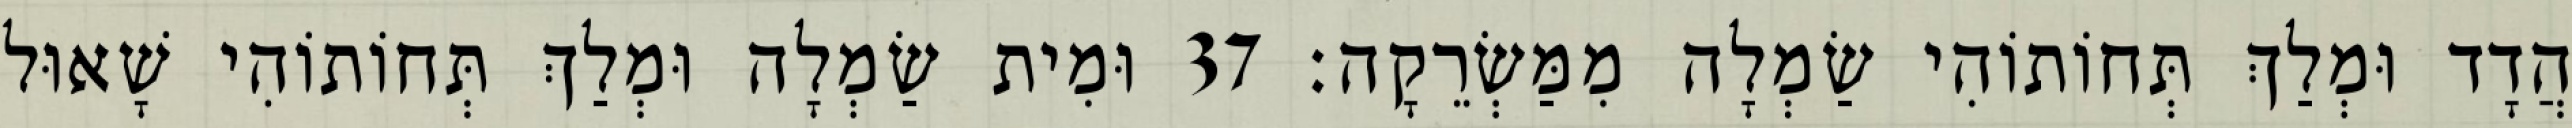
הֲדָד וּמְלַךְ תְּחוֹתוֹהִי שַׂמְלָה מִמַּשְׂרֵקָה׃ 37 וּמִית שַׂמְלָה וּמְלַךְ תְּחוֹתוֹהִי שָׁאוּל